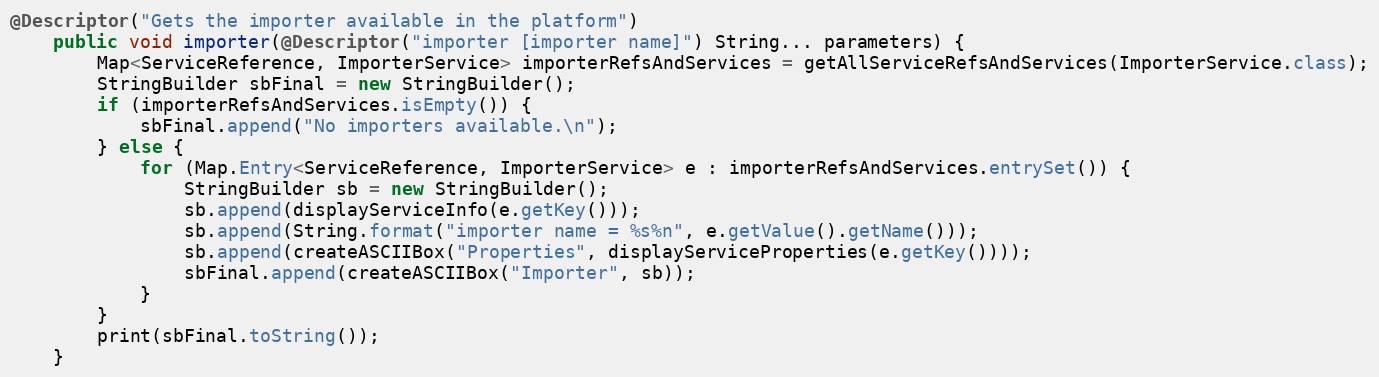
Language: Java
@Descriptor("Gets the importer available in the platform")
    public void importer(@Descriptor("importer [importer name]") String... parameters) {
        Map<ServiceReference, ImporterService> importerRefsAndServices = getAllServiceRefsAndServices(ImporterService.class);
        StringBuilder sbFinal = new StringBuilder();
        if (importerRefsAndServices.isEmpty()) {
            sbFinal.append("No importers available.\n");
        } else {
            for (Map.Entry<ServiceReference, ImporterService> e : importerRefsAndServices.entrySet()) {
                StringBuilder sb = new StringBuilder();
                sb.append(displayServiceInfo(e.getKey()));
                sb.append(String.format("importer name = %s%n", e.getValue().getName()));
                sb.append(createASCIIBox("Properties", displayServiceProperties(e.getKey())));
                sbFinal.append(createASCIIBox("Importer", sb));
            }
        }
        print(sbFinal.toString());
    }